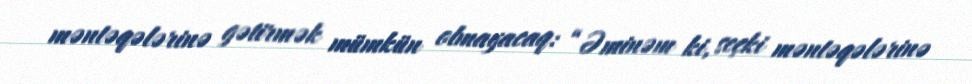
məntəqələrinə gətirmək mümkün olmayacaq: “Əminəm ki, seçki məntəqələrinə